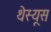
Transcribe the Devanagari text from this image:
थेस्यूस